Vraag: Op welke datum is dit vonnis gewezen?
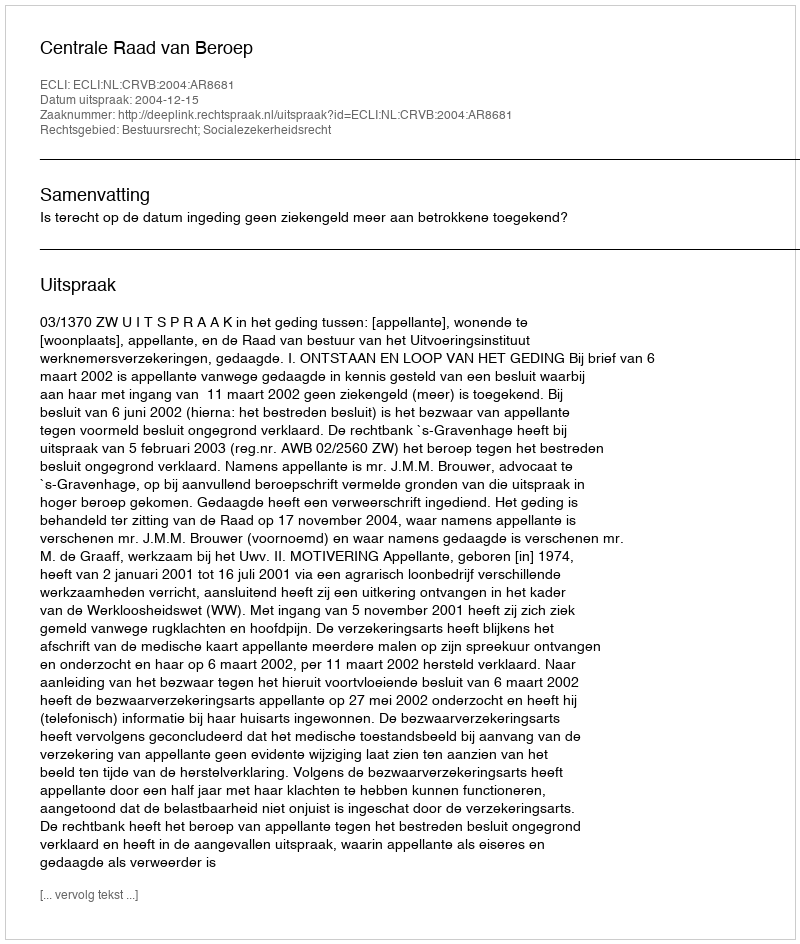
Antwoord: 2004-12-15